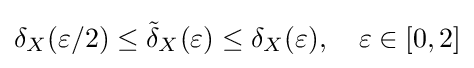
\delta _{X}(\varepsilon /2)\leq {\tilde {\delta }}_{X}(\varepsilon )\leq \delta _{X}(\varepsilon ),\quad \varepsilon \in [0,2]